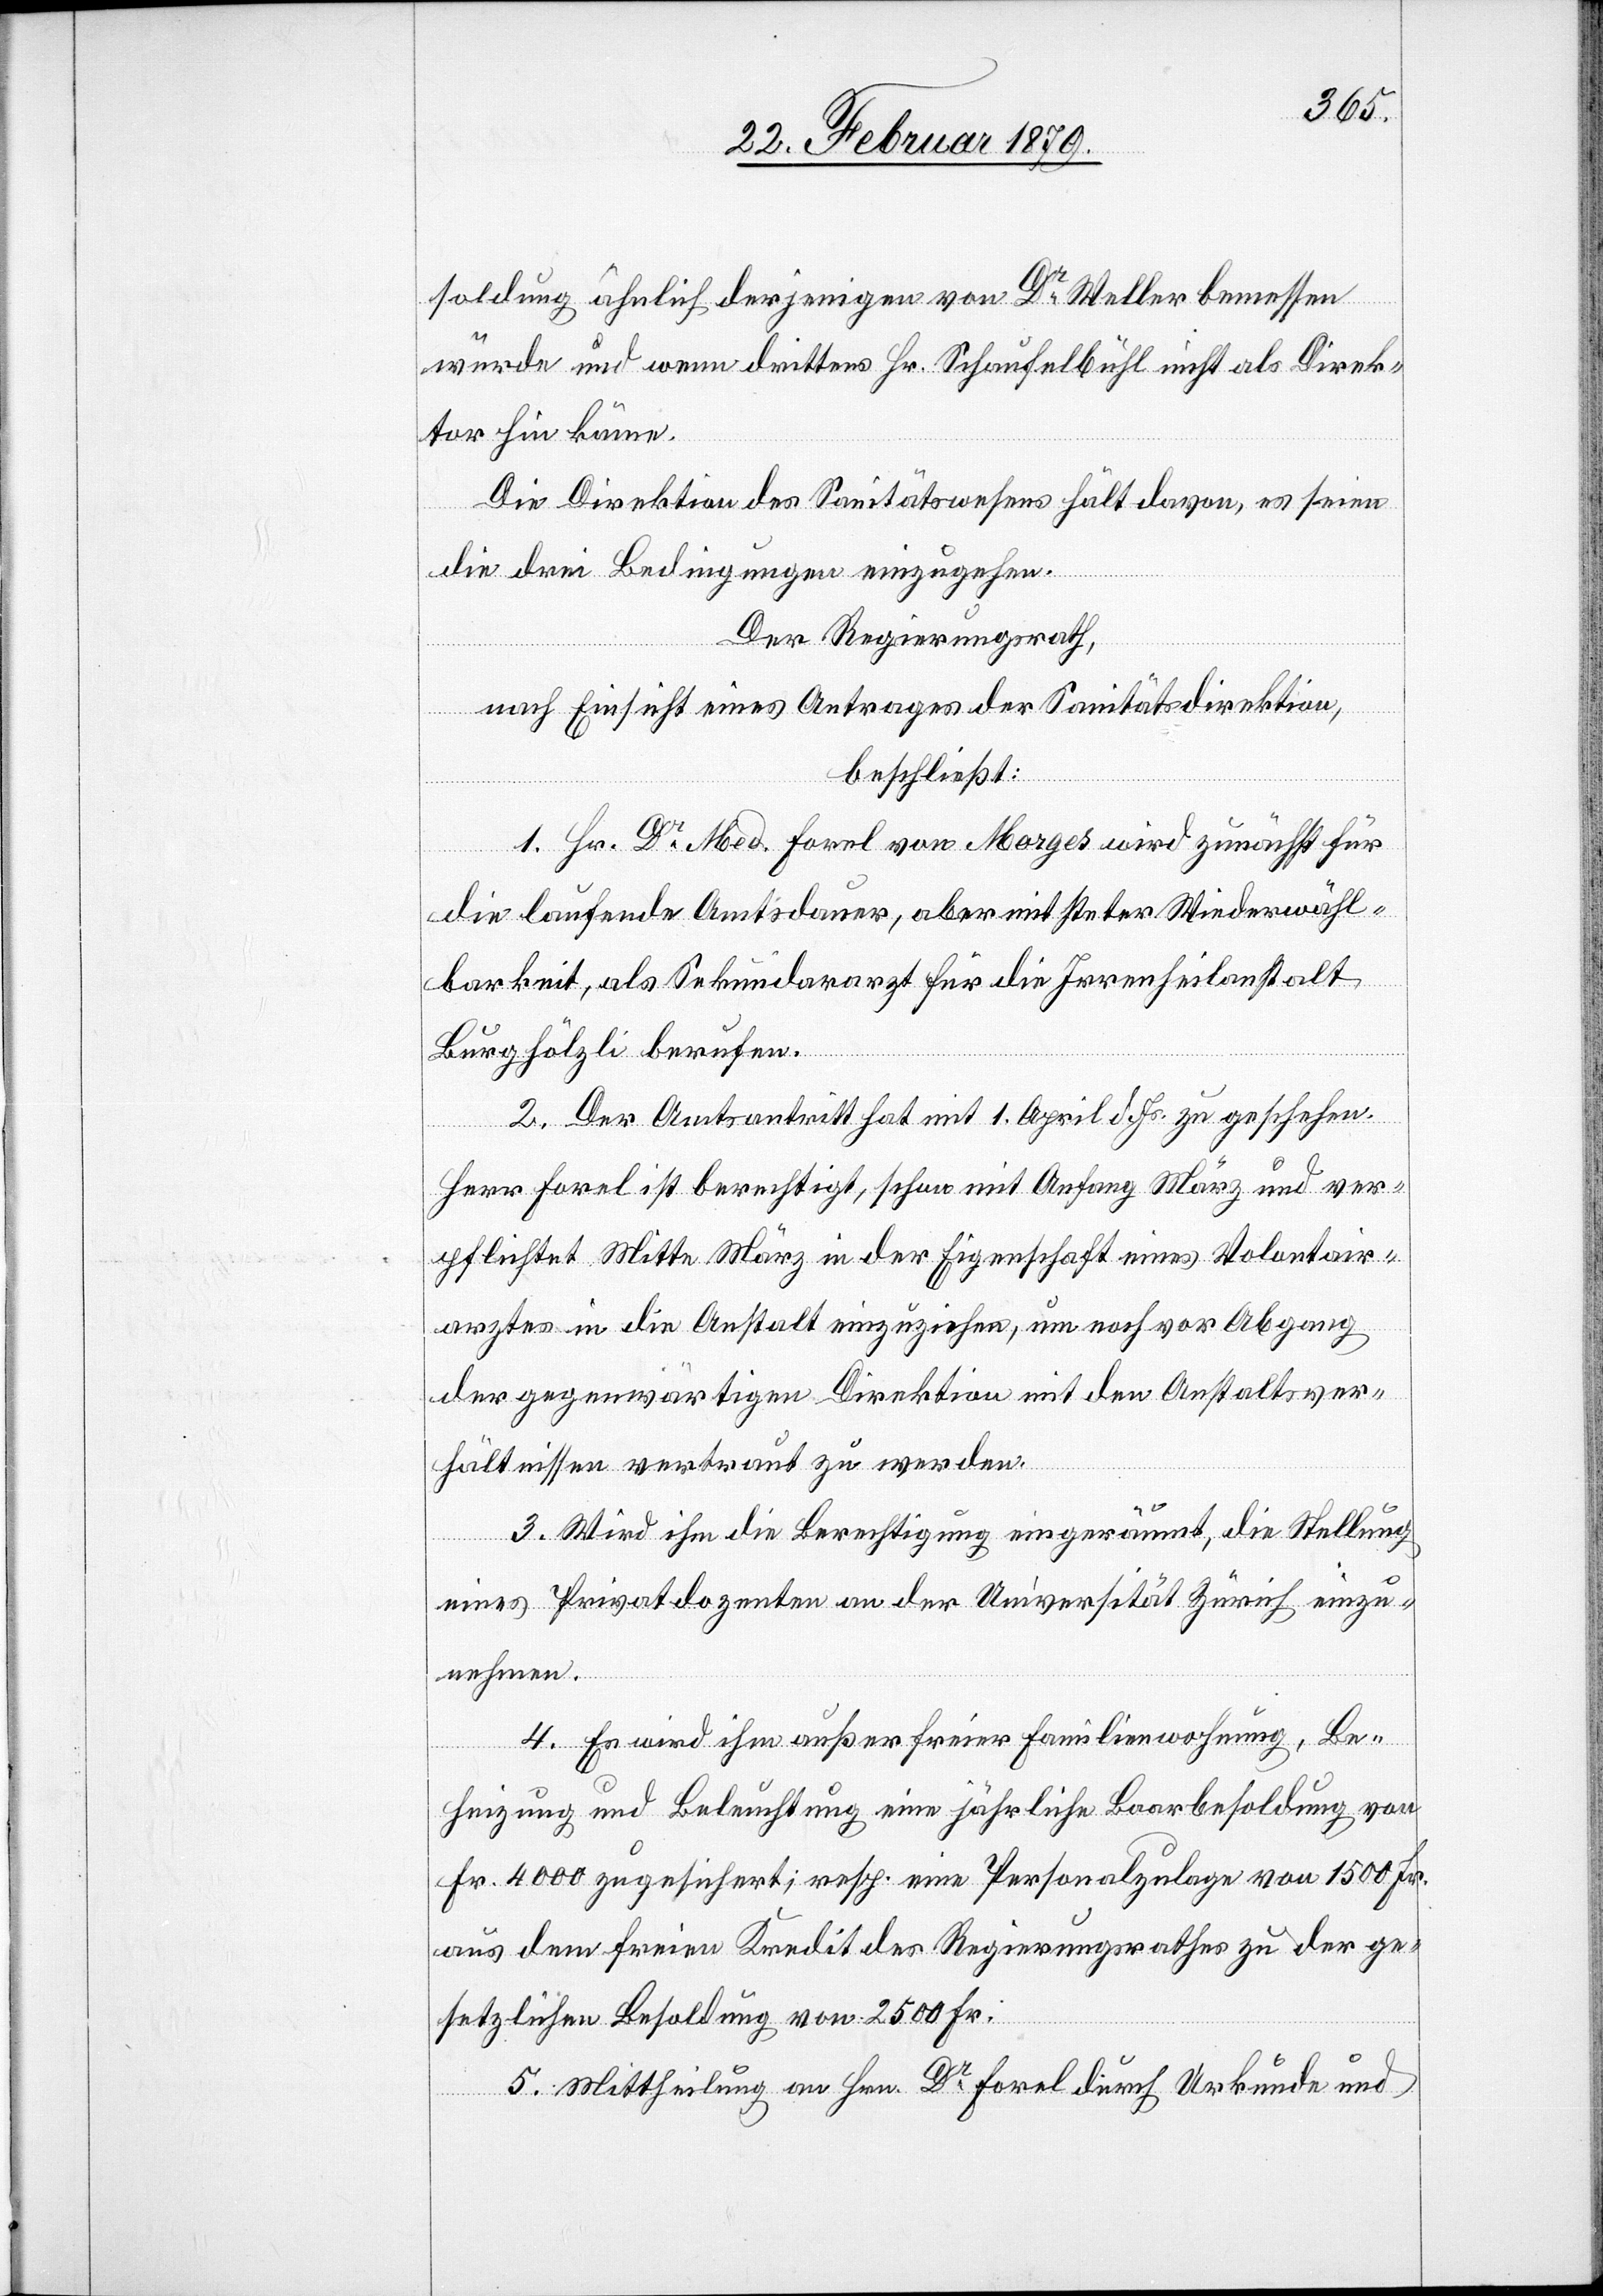
soldung ähnlich derjenigen von Dr Weller bemessen
würde und wenn drittens Hr. Schaufelbühl nicht als Direk¬
tor hin käme.
Die Direktion des Sanitätswesens hält davon, es seien
die drei Bedingungen einzugehen.
Der Regierungsrath,
nach Einsicht eines Antrages der Sanitätsdirektion,
beschließt:
1. Hr. Dr Med. Forel von Morges wird zunächst für
die laufende Amtsdauer, aber mit steter Wiederwähl¬
barkeit, als Sekundararzt für die Irrenheilanstalt
Burghölzli berufen.
2. Der Amtsantritt hat mit 1. April d. Js. zu geschehen.
Herr Forel ist berechtigt, schon mit Anfang März und ver¬
pflichtet Mitte März in der Eigenschaft eines Volontair¬
arztes in die Anstalt einzuziehen, um noch vor Abgang
der gegenwärtigen Direktion mit den Anstaltsver¬
hältnissen vertraut zu werden.
3. Wird ihm die Berechtigung eingeräumt, die Stellung
eines Privatdozenten an der Universität Zürich einzu¬
nehmen.
4. Es wird ihm außer freier Familienwohnung, Be¬
heizung und Beleuchtung eine jährliche Baarbesoldung von
Fr. 4000 zugesichert; resp. eine Personalzulage von 1500 Fr.
aus dem freien Kredit des Regierungsrathes zu der ge¬
setzlichen Besoldung von 2500 Fr.
5. Mittheilung an Hrn. Dr Forel durch Urkunde und